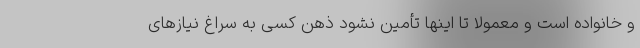
و خانواده است و معمولا تا اینها تأمین نشود ذهن کسی به سراغ نیازهای